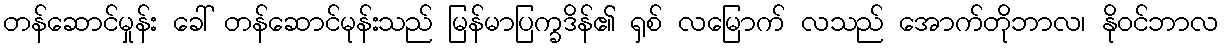
တန်ဆောင်မှုန်း ခေါ် တန်ဆောင်မုန်းသည် မြန်မာပြက္ခဒိန်၏ ရှစ် လမြောက် လသည် အောက်တိုဘာလ၊ နိုဝင်ဘာလ